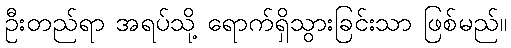
ဦးတည်ရာ အရပ်သို့ ရောက်ရှိသွားခြင်းသာ ဖြစ်မည်။